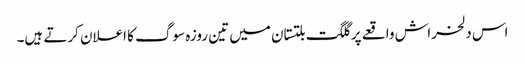
اس دلخراش واقعے پر گلگت بلتستان میں تین روزہ سوگ کا اعلان کرتے ہیں۔